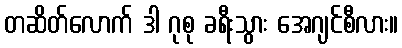
တဆိတ်လောက် ဒါ ဂုစု ခရီးသွား အေဂျင်စီလား။